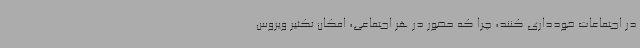
در اجتماعات خودداری کنند، چرا که حضور در هر اجتماعی، امکان تکثیر ویروس